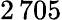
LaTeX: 2\, 705